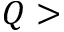
Q >